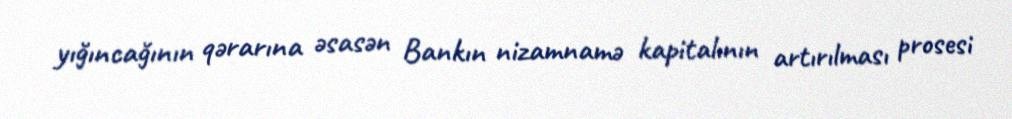
yığıncağının qərarına əsasən Bankın nizamnamə kapitalının artırılması prosesi